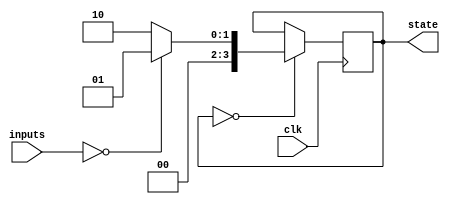
module state_machine (
    input wire clk,
    input wire [N-1:0] inputs,
    output reg [M-1:0] state
);

parameter N = 4; // Number of input bits
parameter M = 4; // Number of state bits

reg [M-1:0] next_state;

always @ (posedge clk) begin
    case (state)
        4'b0000: begin
            // Define next state based on inputs and current state
            if (inputs == 4'b0000) begin
                next_state = 4'b0001;
            end else begin
                next_state = 4'b0010;
            end
        end
        // Add more cases for other states and transitions
    endcase
end

always @ (*) begin
    state <= next_state;
end

endmodule